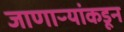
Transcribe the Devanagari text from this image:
जाणाऱ्यांकडून